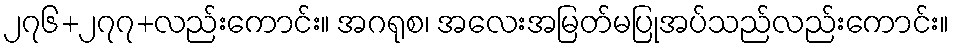
၂၇၆+၂၇၇+လည်းကောင်း။ အဂရုစ၊ အလေးအမြတ်မပြုအပ်သည်လည်းကောင်း။